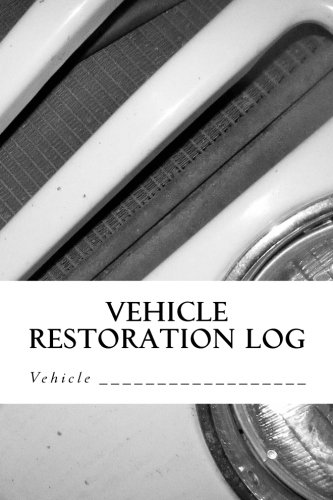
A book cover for Vehicle Restoration Log: Vehicle Cover 1 (S M Car Journals); S M; Engineering & Transportation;